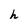
Character: h